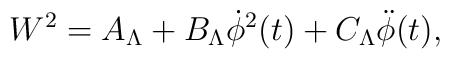
W^2=A_{\Lambda} + B_{\Lambda}\dot{\phi}^2(t)+ C_{\Lambda} \ddot{\phi}(t) ,